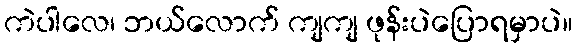
ကဲပါလေ၊ ဘယ်လောက် ကျကျ ဖုန်းပဲပြောရမှာပဲ။